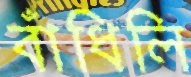
বাঁধিলি